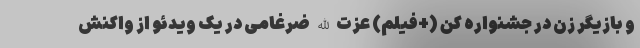
و بازیگر زن در جشنواره کن (+فیلم) عزت الله ضرغامی در یک ویدئو از واکنش